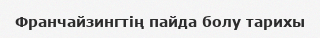
Франчайзингтің пайда болу тарихы